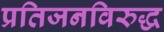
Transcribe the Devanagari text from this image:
प्रतिजनविरुद्ध